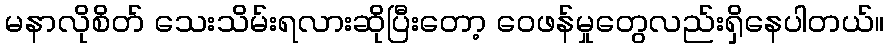
မနာလိုစိတ် သေးသိမ်းရလားဆိုပြီးတော့ ဝေဖန်မှုတွေလည်းရှိနေပါတယ်။